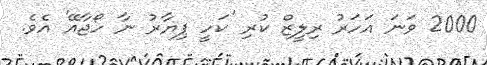
2000 ވަނަ އަހަރު ރިލީޒް ކުރި 'ކަހީ ޕިޔާރު ނާ ހޯޖާއޭ' އެވެ.